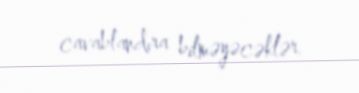
cavablandıra bilməyəcəklər.